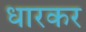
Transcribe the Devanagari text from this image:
धारकर